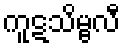
ကူဋသိမ္ဗလီ